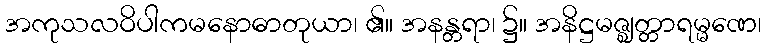
အကုသလဝိပါကမနောဓာတုယာ၊ ၏။ အနန္တရာ၊ ၌။ အနိဋ္ဌမဇ္ဈတ္တာရမ္မဏေ၊